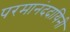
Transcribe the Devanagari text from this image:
परमानंददायिनी